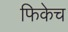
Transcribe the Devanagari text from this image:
फिकेच